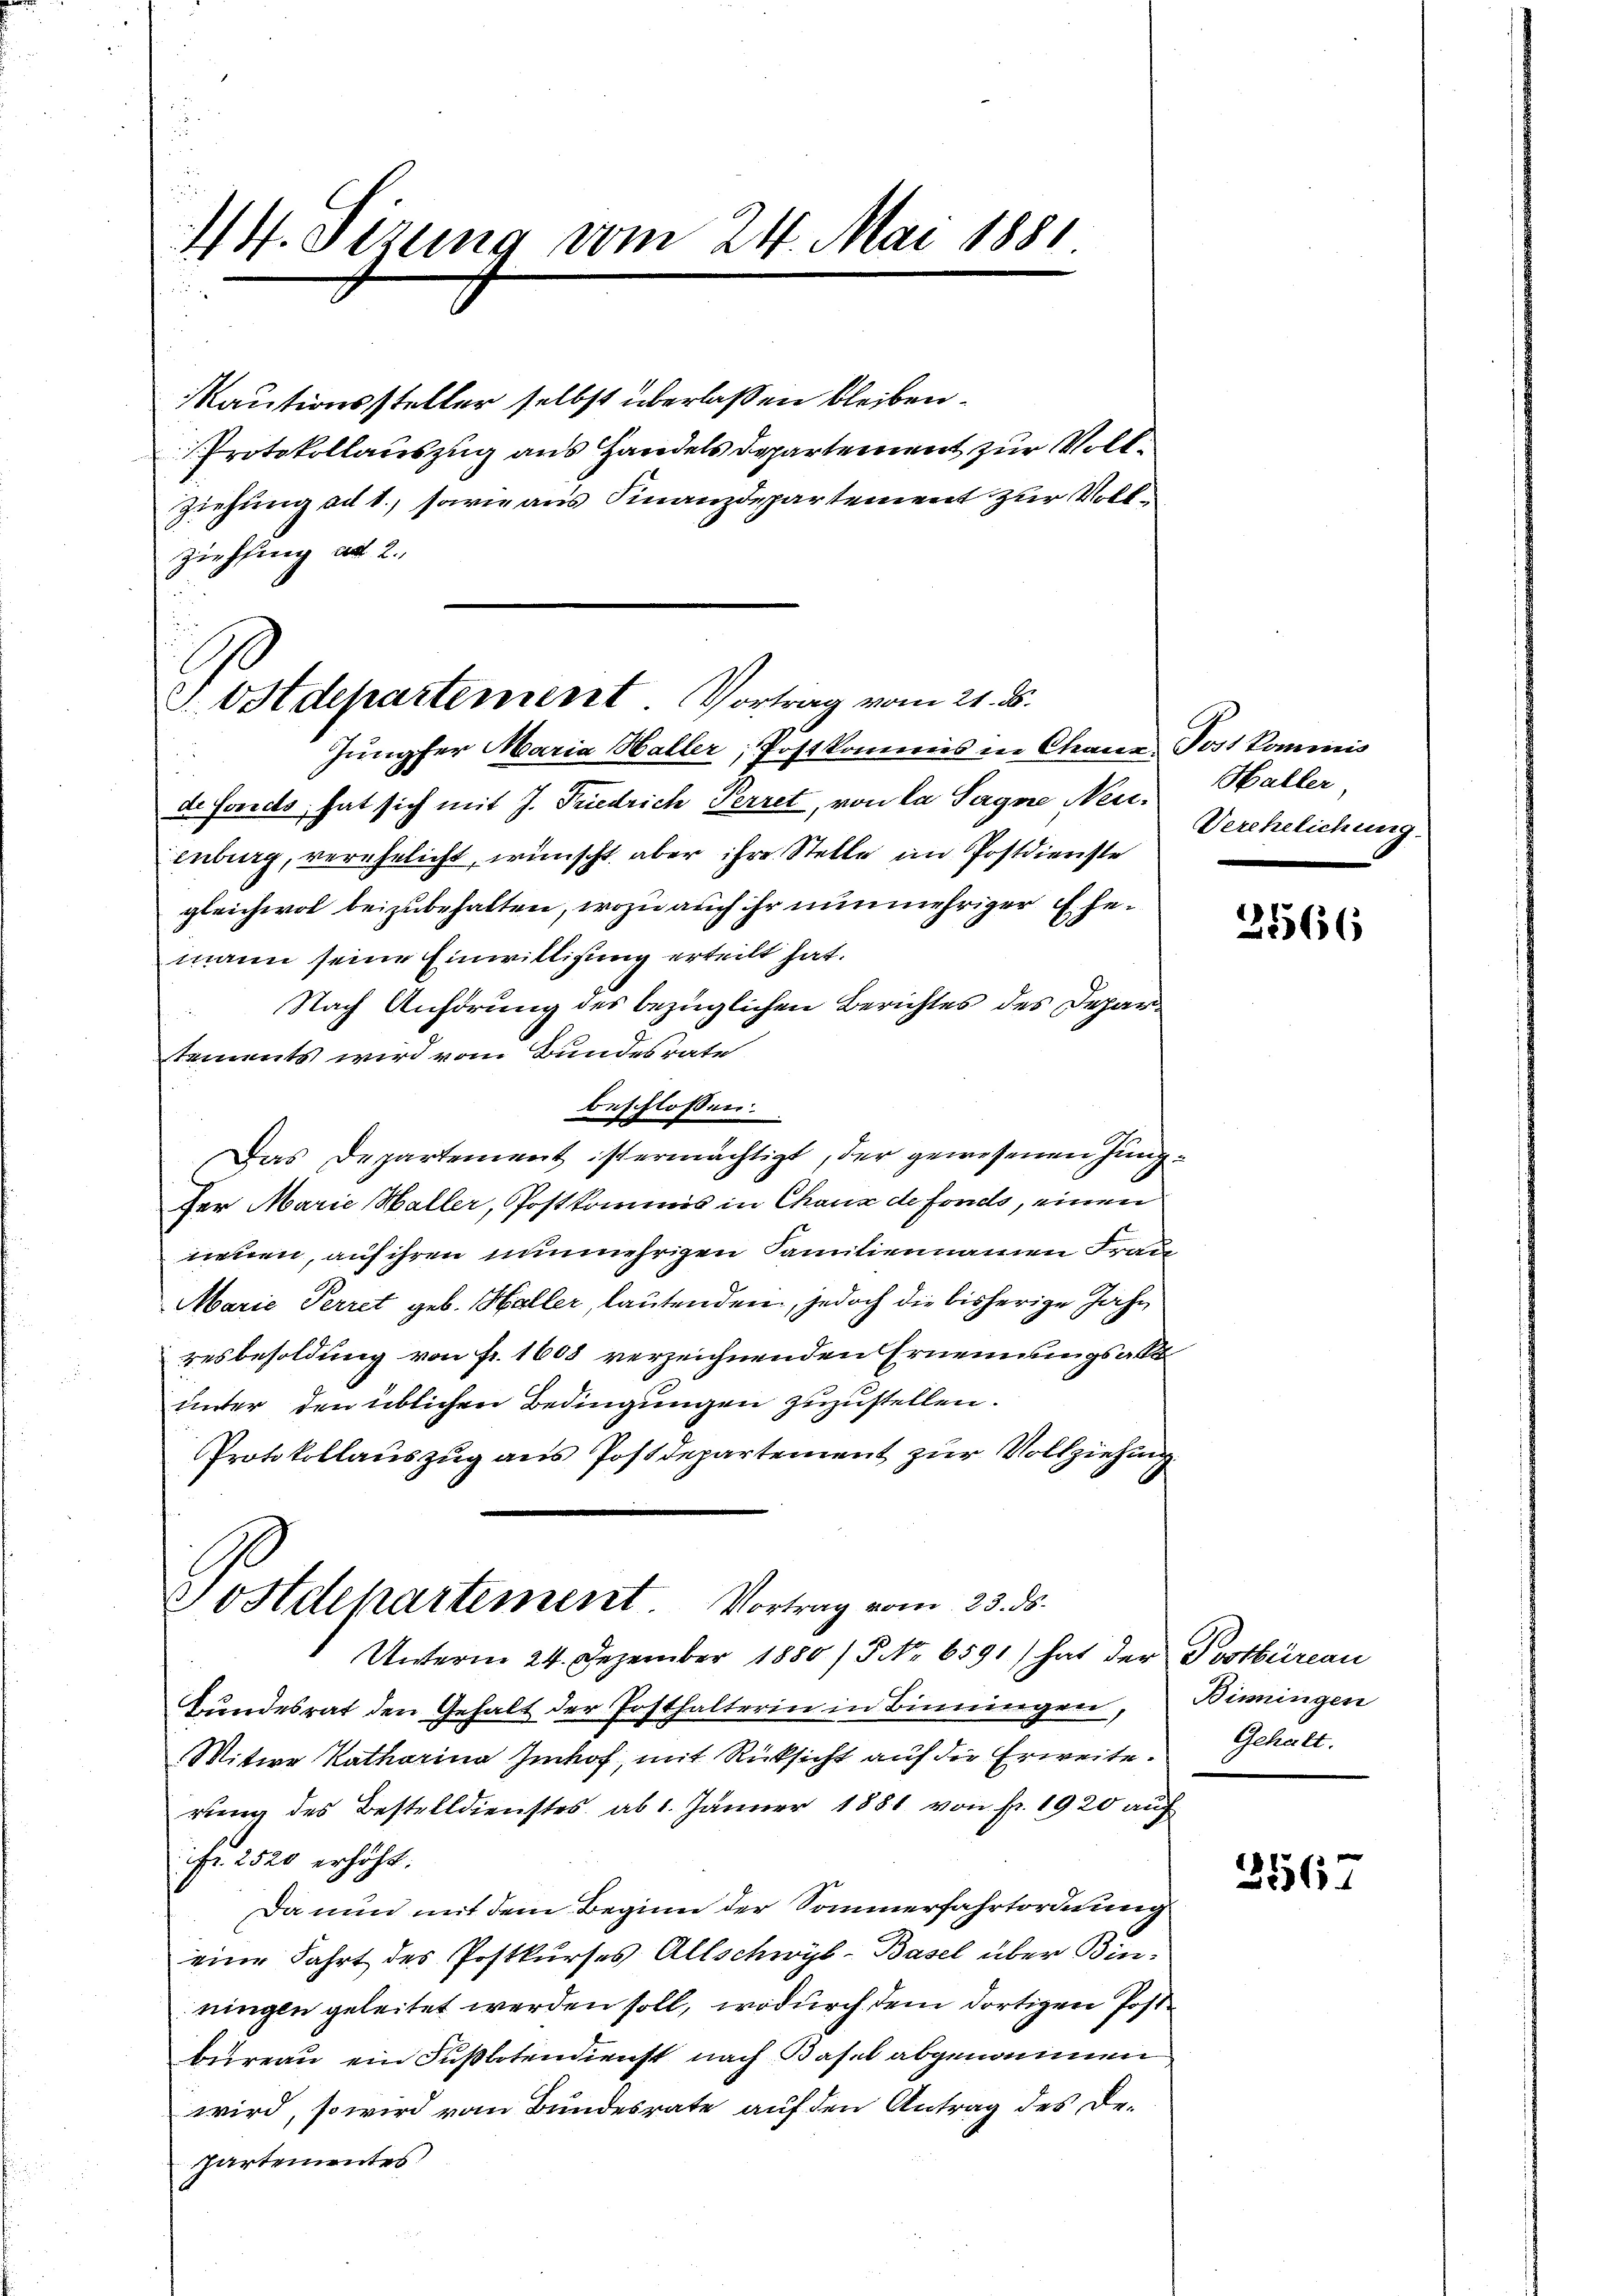
14. Sizung vom 24. Mai 1881
2

Rautionssteller selbst überlaßen bleiben.
Protokollauszug aus Handels Departement zur Voll¬
Ziehung ad 1., sowie aus Finanzdepartement zur Voll¬
Ziehung ad 2.,

J. Ostdepartement Vortrag vom 21. ds.

Jungfer Maria Haller, Postkommnis in Chaur, Post kommis
de Forects, hat sich mit J. Friedrich Perret, von la Sagne Neuenburg, verehelicht, wünscht aber ihre Stelle im Postdienste
gleichwol beizubehalten, wozu auch ihr nunmehriger Ehemann seine Einwilligung erteilt hat.
Nach Anhörung des bezüglichen Berichtes des Depar
tements wird vom Bundesrate
beschlossen:
Das Departement ist ermächtigt, der gewesenen Jungfer Marie Haller, Postkommis in Chaux de fonds, einen
neuen, auf ihren nunmehrigen Familiennamen Frau¬
Marie Perret geb. Haller, lautenden, jedoch die bisherige Jahr
resbesoldung von fr. 1608 verzeichnenden Ernennungsakt
unter den üblichen Bedingungen zuzustellen.
Protokollauszug aus Postdepartement zur Vollziehung

Sostdepartement Vortrag vom 23. ds.
Unterm 24. Dezember 1880 / NNo. 6591) hat der Postbüreau

Bundesrat den Gehalt der Posthalterin in Binninger,
Mitwe Katharina Imhof, mit Rücksicht auf die Erweite.
rung des Bestelldienstes ab 1. Jänner 1881 von fr. 1920 auf
Fr. 2520 erhöht.
Da nun mit dem Beginn der Sommerfahrtordnung
eine Fahrt des Postkurses Allschwyb-Basel über Binringen geleitet werden soll, wodurch dem dortigen Postbureau ein Fußbotendienst nach Basel abgenommen
wird, so wird vom Bundesrate auf den Antrag des Departementes:

Haller
Verehelichung

21566

Binningen
Gehalt.

3567